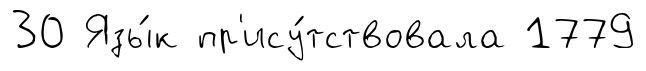
30 Язы́к пр'ису́тствовала 1779